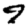
Digit: 4